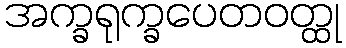
အက္ခရုက္ခပေတဝတ္ထု